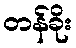
တန်ခိုး